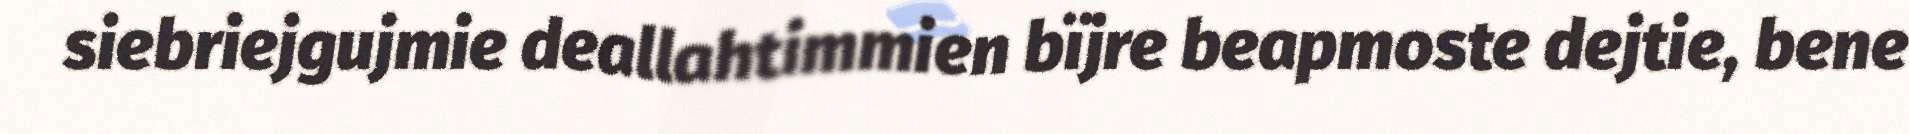
siebriejgujmie deallahtimmien bïjre beapmoste dejtie, bene